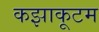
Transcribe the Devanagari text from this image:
कझाकूटम